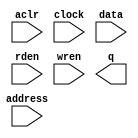
// megafunction wizard: %RAM: 1-PORT%VBB%
// GENERATION: STANDARD
// VERSION: WM1.0
// MODULE: altsyncram 

// ============================================================
// Megafunction Name(s):
// 			altsyncram
//
// Simulation Library Files(s):
// 			altera_mf
// ============================================================
// ************************************************************
// THIS IS A WIZARD-GENERATED FILE. DO NOT EDIT THIS FILE!
//
// 13.0.1 Build 232 06/12/2013 SP 1 SJ Full Version
// ************************************************************

//Copyright (C) 1991-2013 Altera Corporation
//Your use of Altera Corporation's design tools, logic functions 
//and other software and tools, and its AMPP partner logic 
//functions, and any output files from any of the foregoing 
//(including device programming or simulation files), and any 
//associated documentation or information are expressly subject 
//to the terms and conditions of the Altera Program License 
//Subscription Agreement, Altera MegaCore Function License 
//Agreement, or other applicable license agreement, including, 
//without limitation, that your use is for the sole purpose of 
//programming logic devices manufactured by Altera and sold by 
//Altera or its authorized distributors.  Please refer to the 
//applicable agreement for further details.

module ram_256x8 (
	aclr,
	address,
	clock,
	data,
	rden,
	wren,
	q);

	input	  aclr;
	input	[7:0]  address;
	input	  clock;
	input	[7:0]  data;
	input	  rden;
	input	  wren;
	output	[7:0]  q;
`ifndef ALTERA_RESERVED_QIS
// synopsys translate_off
`endif
	tri0	  aclr;
	tri1	  clock;
	tri1	  rden;
`ifndef ALTERA_RESERVED_QIS
// synopsys translate_on
`endif

endmodule

// ============================================================
// CNX file retrieval info
// ============================================================
// Retrieval info: PRIVATE: ADDRESSSTALL_A NUMERIC "0"
// Retrieval info: PRIVATE: AclrAddr NUMERIC "0"
// Retrieval info: PRIVATE: AclrByte NUMERIC "0"
// Retrieval info: PRIVATE: AclrData NUMERIC "0"
// Retrieval info: PRIVATE: AclrOutput NUMERIC "1"
// Retrieval info: PRIVATE: BYTE_ENABLE NUMERIC "0"
// Retrieval info: PRIVATE: BYTE_SIZE NUMERIC "8"
// Retrieval info: PRIVATE: BlankMemory NUMERIC "1"
// Retrieval info: PRIVATE: CLOCK_ENABLE_INPUT_A NUMERIC "0"
// Retrieval info: PRIVATE: CLOCK_ENABLE_OUTPUT_A NUMERIC "0"
// Retrieval info: PRIVATE: Clken NUMERIC "0"
// Retrieval info: PRIVATE: DataBusSeparated NUMERIC "1"
// Retrieval info: PRIVATE: IMPLEMENT_IN_LES NUMERIC "0"
// Retrieval info: PRIVATE: INIT_FILE_LAYOUT STRING "PORT_A"
// Retrieval info: PRIVATE: INIT_TO_SIM_X NUMERIC "0"
// Retrieval info: PRIVATE: INTENDED_DEVICE_FAMILY STRING "Cyclone IV E"
// Retrieval info: PRIVATE: JTAG_ENABLED NUMERIC "0"
// Retrieval info: PRIVATE: JTAG_ID STRING "NONE"
// Retrieval info: PRIVATE: MAXIMUM_DEPTH NUMERIC "0"
// Retrieval info: PRIVATE: MIFfilename STRING ""
// Retrieval info: PRIVATE: NUMWORDS_A NUMERIC "256"
// Retrieval info: PRIVATE: RAM_BLOCK_TYPE NUMERIC "0"
// Retrieval info: PRIVATE: READ_DURING_WRITE_MODE_PORT_A NUMERIC "3"
// Retrieval info: PRIVATE: RegAddr NUMERIC "1"
// Retrieval info: PRIVATE: RegData NUMERIC "1"
// Retrieval info: PRIVATE: RegOutput NUMERIC "0"
// Retrieval info: PRIVATE: SYNTH_WRAPPER_GEN_POSTFIX STRING "0"
// Retrieval info: PRIVATE: SingleClock NUMERIC "1"
// Retrieval info: PRIVATE: UseDQRAM NUMERIC "1"
// Retrieval info: PRIVATE: WRCONTROL_ACLR_A NUMERIC "0"
// Retrieval info: PRIVATE: WidthAddr NUMERIC "8"
// Retrieval info: PRIVATE: WidthData NUMERIC "8"
// Retrieval info: PRIVATE: rden NUMERIC "1"
// Retrieval info: LIBRARY: altera_mf altera_mf.altera_mf_components.all
// Retrieval info: CONSTANT: CLOCK_ENABLE_INPUT_A STRING "BYPASS"
// Retrieval info: CONSTANT: CLOCK_ENABLE_OUTPUT_A STRING "BYPASS"
// Retrieval info: CONSTANT: INTENDED_DEVICE_FAMILY STRING "Cyclone IV E"
// Retrieval info: CONSTANT: LPM_HINT STRING "ENABLE_RUNTIME_MOD=NO"
// Retrieval info: CONSTANT: LPM_TYPE STRING "altsyncram"
// Retrieval info: CONSTANT: NUMWORDS_A NUMERIC "256"
// Retrieval info: CONSTANT: OPERATION_MODE STRING "SINGLE_PORT"
// Retrieval info: CONSTANT: OUTDATA_ACLR_A STRING "CLEAR0"
// Retrieval info: CONSTANT: OUTDATA_REG_A STRING "UNREGISTERED"
// Retrieval info: CONSTANT: POWER_UP_UNINITIALIZED STRING "FALSE"
// Retrieval info: CONSTANT: READ_DURING_WRITE_MODE_PORT_A STRING "NEW_DATA_NO_NBE_READ"
// Retrieval info: CONSTANT: WIDTHAD_A NUMERIC "8"
// Retrieval info: CONSTANT: WIDTH_A NUMERIC "8"
// Retrieval info: CONSTANT: WIDTH_BYTEENA_A NUMERIC "1"
// Retrieval info: USED_PORT: aclr 0 0 0 0 INPUT GND "aclr"
// Retrieval info: USED_PORT: address 0 0 8 0 INPUT NODEFVAL "address[7..0]"
// Retrieval info: USED_PORT: clock 0 0 0 0 INPUT VCC "clock"
// Retrieval info: USED_PORT: data 0 0 8 0 INPUT NODEFVAL "data[7..0]"
// Retrieval info: USED_PORT: q 0 0 8 0 OUTPUT NODEFVAL "q[7..0]"
// Retrieval info: USED_PORT: rden 0 0 0 0 INPUT VCC "rden"
// Retrieval info: USED_PORT: wren 0 0 0 0 INPUT NODEFVAL "wren"
// Retrieval info: CONNECT: @aclr0 0 0 0 0 aclr 0 0 0 0
// Retrieval info: CONNECT: @address_a 0 0 8 0 address 0 0 8 0
// Retrieval info: CONNECT: @clock0 0 0 0 0 clock 0 0 0 0
// Retrieval info: CONNECT: @data_a 0 0 8 0 data 0 0 8 0
// Retrieval info: CONNECT: @rden_a 0 0 0 0 rden 0 0 0 0
// Retrieval info: CONNECT: @wren_a 0 0 0 0 wren 0 0 0 0
// Retrieval info: CONNECT: q 0 0 8 0 @q_a 0 0 8 0
// Retrieval info: GEN_FILE: TYPE_NORMAL ram_256x8.v TRUE
// Retrieval info: GEN_FILE: TYPE_NORMAL ram_256x8.inc FALSE
// Retrieval info: GEN_FILE: TYPE_NORMAL ram_256x8.cmp FALSE
// Retrieval info: GEN_FILE: TYPE_NORMAL ram_256x8.bsf FALSE
// Retrieval info: GEN_FILE: TYPE_NORMAL ram_256x8_inst.v TRUE
// Retrieval info: GEN_FILE: TYPE_NORMAL ram_256x8_bb.v TRUE
// Retrieval info: LIB_FILE: altera_mf